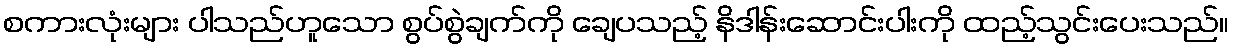
စကားလုံးများ ပါသည်ဟူသော စွပ်စွဲချက်ကို ချေပသည့် နိဒါန်းဆောင်းပါးကို ထည့်သွင်းပေးသည်။